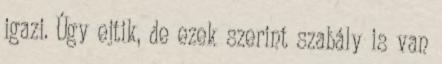
igazi. Úgy ejtik, de ezek szerint szabály is van